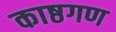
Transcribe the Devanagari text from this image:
काष्ठगण